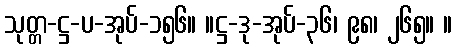
သုတ္တ-ဋ္ဌ-ပ-အုပ်-၁၅၆။ ။ဋ္ဌ-ဒု-အုပ်-၃၆၊ ၉၈၊ ၂၆၅။ ။